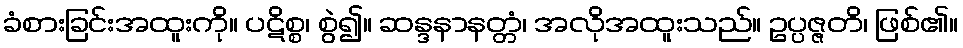
ခံစားခြင်းအထူးကို။ ပဋိစ္စ၊ စွဲ၍။ ဆန္ဒနာနတ္တံ၊ အလိုအထူးသည်။ ဥပ္ပဇ္ဇတိ၊ ဖြစ်၏။